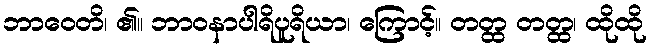
ဘာဝေတိ၊ ၏။ ဘာဝနာပါရိပူရိယာ၊ ကြောင့်။ တတ္ထ တတ္ထ၊ ထိုထို